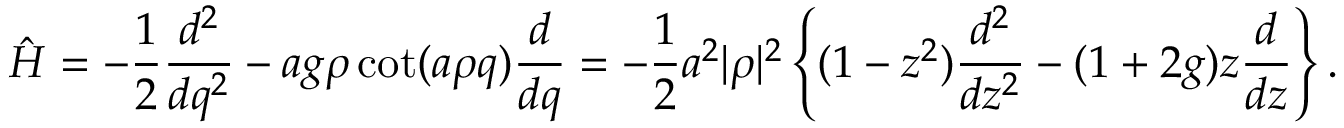
\hat { \cal H } = - { \frac { 1 } { 2 } } { \frac { d ^ { 2 } } { d q ^ { 2 } } } - a g \rho \cot ( a \rho q ) { \frac { d } { d q } } = - { \frac { 1 } { 2 } } a ^ { 2 } | \rho | ^ { 2 } \left\{ ( 1 - z ^ { 2 } ) { \frac { d ^ { 2 } } { d z ^ { 2 } } } - ( 1 + 2 g ) z { \frac { d } { d z } } \right\} .